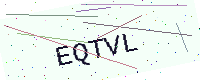
Text: EQTVL